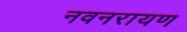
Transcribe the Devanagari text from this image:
नवनरायण